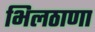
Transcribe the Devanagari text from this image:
भिलठाणा